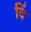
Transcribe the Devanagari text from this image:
दिं